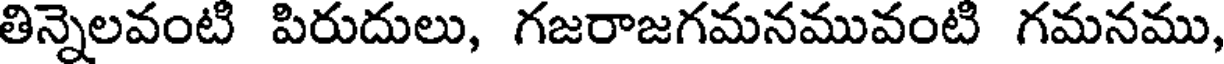
తిన్నెలవంటి పిరుదులు, గజరాజగమనమువంటి గమనము,